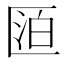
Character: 𠥋